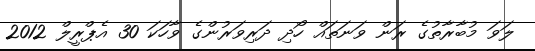
ލަވަ މުބާރާތުގެ ރަން ވަނަތައް ހޯދި ދަރިވަރުންގެ ވާހަކަ 30 އެޕްރީލް 2012